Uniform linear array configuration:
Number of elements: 16
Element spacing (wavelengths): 0.5
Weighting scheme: exponential
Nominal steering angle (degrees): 15
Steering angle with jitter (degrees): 15.049
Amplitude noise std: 0.05
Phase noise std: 0.05

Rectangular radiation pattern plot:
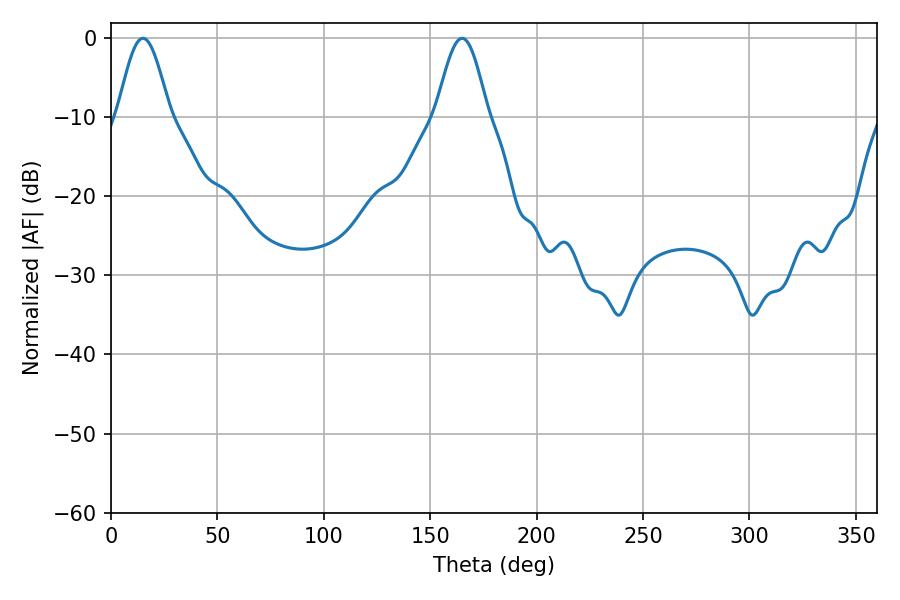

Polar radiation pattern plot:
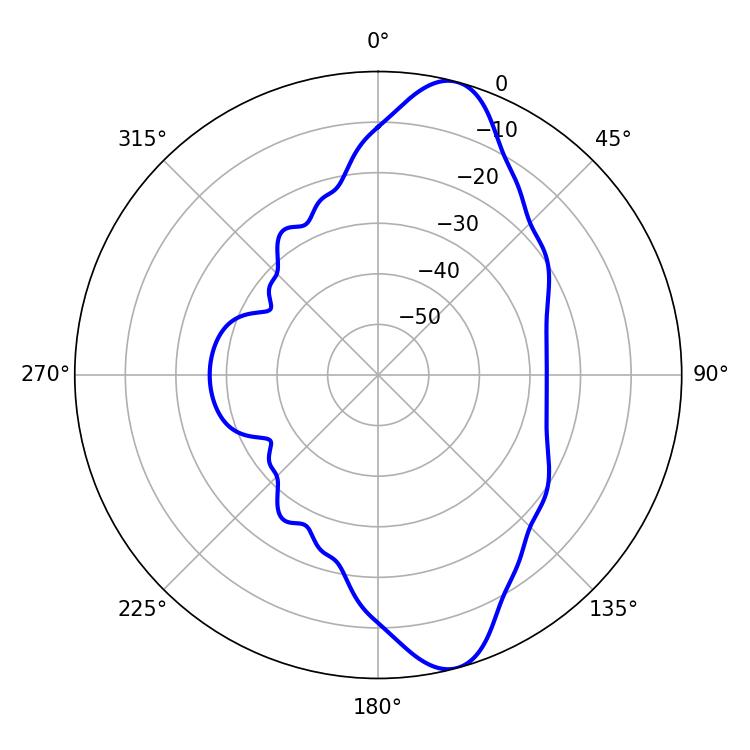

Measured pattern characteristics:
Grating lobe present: FALSE
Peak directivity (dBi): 11.255
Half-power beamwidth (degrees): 12.96
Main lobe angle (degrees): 14.94